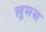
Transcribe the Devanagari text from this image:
लूमस